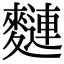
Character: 𪍦